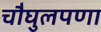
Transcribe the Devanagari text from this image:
चौघुलपणा